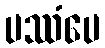
ပဿံပေ